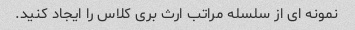
نمونه ای از سلسله مراتب ارث بری کلاس را ایجاد کنید.